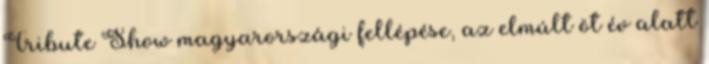
Tribute Show magyarországi fellépése, az elmúlt öt év alatt